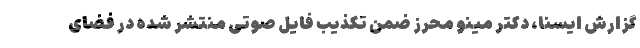
گزارش ایسنا، دکتر مینو محرز ضمن تکذیب فایل صوتی منتشر شده در فضای